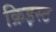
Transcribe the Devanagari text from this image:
क्रिइस्ट